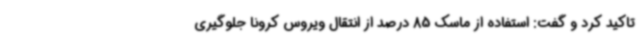
تاکید کرد و گفت: استفاده از ماسک 85 درصد از انتقال ویروس کرونا جلوگیری